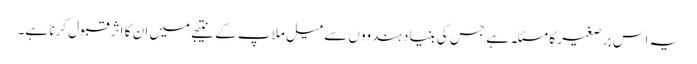
یہ اس بر صغیر کا مسئلہ ہے جس کی بنیاد ہندووں سے میل ملاپ کے نتیجے میں ان کا اثر قبول کرنا ہے۔